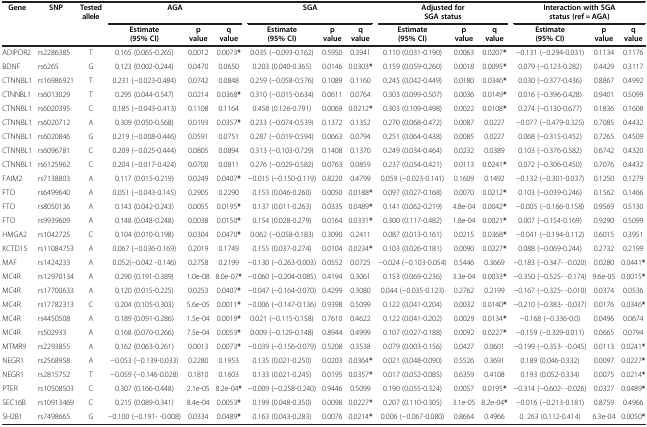
<table><thead><tr><td><b>Gene</b></td><td><b>SNP</b></td><td><b>Tested allele</b></td><td colspan="3"><b>AGA</b></td><td colspan="3"><b>SGA</b></td><td colspan="3"><b>Adjusted for SGA status</b></td><td colspan="3"><b>Interaction with SGA status (ref = AGA)</b></td></tr><tr><td><b> </b></td><td><b> </b></td><td><b> </b></td><td><b>Estimate (95% CI)</b></td><td><b>p value</b></td><td><b>q value</b></td><td><b>Estimate (95% CI)</b></td><td><b>p value</b></td><td><b>q value</b></td><td><b>Estimate (95% CI)</b></td><td><b>p value</b></td><td><b>q value</b></td><td><b>Estimate (95% CI)</b></td><td><b>p value</b></td><td><b>q value</b></td></tr></thead><tbody><tr><td>ADIPOR2</td><td>rs2286385</td><td>T</td><td>0.165 (0.065-0.265)</td><td>0.0012</td><td>0.0073<b>*</b></td><td>0.035 (−0.093-0.162)</td><td>0.5950</td><td>0.3941</td><td>0.110 (0.031-0.190)</td><td>0.0063</td><td>0.0207<b>*</b></td><td>−0.131 (−0.294-0.031)</td><td>0.1134</td><td>0.1176</td></tr><tr><td>BDNF</td><td>rs6265</td><td>G</td><td>0.123 (0.002-0.244)</td><td>0.0470</td><td>0.0650</td><td>0.203 (0.040-0.365)</td><td>0.0146</td><td>0.0303<b>*</b></td><td>0.159 (0.059-0.260)</td><td>0.0018</td><td>0.0095<b>*</b></td><td>0.079 (−0.123-0.282)</td><td>0.4429</td><td>0.3117</td></tr><tr><td>CTNNBL1</td><td>rs16986921</td><td>T</td><td>0.231 (−0.023-0.484)</td><td>0.0742</td><td>0.0848</td><td>0.259 (−0.058-0.576)</td><td>0.1089</td><td>0.1160</td><td>0.245 (0.042-0.449)</td><td>0.0180</td><td>0.0346<b>*</b></td><td>0.030 (−0.377-0.436)</td><td>0.8867</td><td>0.4992</td></tr><tr><td>CTNNBL1</td><td>rs6013029</td><td>T</td><td>0.295 (0.044-0.547)</td><td>0.0214</td><td>0.0368<b>*</b></td><td>0.310 (−0.015-0.634)</td><td>0.0611</td><td>0.0764</td><td>0.303 (0.099-0.507)</td><td>0.0036</td><td>0.0149<b>*</b></td><td>0.016 (−0.396-0.428)</td><td>0.9401</td><td>0.5099</td></tr><tr><td>CTNNBL1</td><td>rs6020395</td><td>C</td><td>0.185 (−0.043-0.413)</td><td>0.1108</td><td>0.1164</td><td>0.458 (0.126-0.791)</td><td>0.0069</td><td>0.0212<b>*</b></td><td>0.303 (0.109-0.498)</td><td>0.0022</td><td>0.0108<b>*</b></td><td>0.274 (−0.130-0.677)</td><td>0.1836</td><td>0.1608</td></tr><tr><td>CTNNBL1</td><td>rs6020712</td><td>A</td><td>0.309 (0.050-0.568)</td><td>0.0193</td><td>0.0357<b>*</b></td><td>0.233 (−0.074-0.539)</td><td>0.1372</td><td>0.1352</td><td>0.270 (0.068-0.472)</td><td>0.0087</td><td>0.0227</td><td>−0.077 (−0.479-0.325)</td><td>0.7085</td><td>0.4432</td></tr><tr><td>CTNNBL1</td><td>rs6020846</td><td>G</td><td>0.219 (−0.008-0.446)</td><td>0.0591</td><td>0.0751</td><td>0.287 (−0.019-0.594)</td><td>0.0663</td><td>0.0794</td><td>0.251 (0.064-0.438)</td><td>0.0085</td><td>0.0227</td><td>0.068 (−0.315-0.452)</td><td>0.7265</td><td>0.4509</td></tr><tr><td>CTNNBL1</td><td>rs6096781</td><td>C</td><td>0.209 (−0.025-0.444)</td><td>0.0805</td><td>0.0894</td><td>0.313 (−0.103-0.729)</td><td>0.1408</td><td>0.1370</td><td>0.249 (0.034-0.464)</td><td>0.0232</td><td>0.0389</td><td>0.103 (−0.376-0.582)</td><td>0.6742</td><td>0.4320</td></tr><tr><td>CTNNBL1</td><td>rs6125962</td><td>C</td><td>0.204 (−0.017-0.424)</td><td>0.0700</td><td>0.0811</td><td>0.276 (−0.029-0.582)</td><td>0.0763</td><td>0.0859</td><td>0.237 (0.054-0.421)</td><td>0.0113</td><td>0.0241<b>*</b></td><td>0.072 (−0.306-0.450)</td><td>0.7076</td><td>0.4432</td></tr><tr><td>FAIM2</td><td>rs7138803</td><td>A</td><td>0.117 (0.015-0.219)</td><td>0.0249</td><td>0.0407<b>*</b></td><td>−0.015 (−0.150-0.119)</td><td>0.8220</td><td>0.4799</td><td>0.059 (−0.023-0.141)</td><td>0.1609</td><td>0.1492</td><td>−0.132 (−0.301-0.037)</td><td>0.1250</td><td>0.1279</td></tr><tr><td>FTO</td><td>rs6499640</td><td>A</td><td>0.051 (−0.043-0.145)</td><td>0.2905</td><td>0.2290</td><td>0.153 (0.046-0.260)</td><td>0.0050</td><td>0.0188<b>*</b></td><td>0.097 (0.027-0.168)</td><td>0.0070</td><td>0.0212<b>*</b></td><td>0.103 (−0.039-0.246)</td><td>0.1562</td><td>0.1466</td></tr><tr><td>FTO</td><td>rs8050136</td><td>A</td><td>0.143 (0.042-0.243)</td><td>0.0055</td><td>0.0195<b>*</b></td><td>0.137 (0.011-0.263)</td><td>0.0335</td><td>0.0489<b>*</b></td><td>0.141 (0.062-0.219)</td><td>4.8e-04</td><td>0.0042<b>*</b></td><td>−0.005 (−0.166-0.158)</td><td>0.9569</td><td>0.5130</td></tr><tr><td>FTO</td><td>rs9939609</td><td>A</td><td>0.148 (0.048-0.248)</td><td>0.0038</td><td>0.0150<b>*</b></td><td>0.154 (0.028-0.279)</td><td>0.0164</td><td>0.0331<b>*</b></td><td>0.300 (0.117-0.482)</td><td>1.8e-04</td><td>0.0021<b>*</b></td><td>0.007 (−0.154-0.169)</td><td>0.9290</td><td>0.5099</td></tr><tr><td>HMGA2</td><td>rs1042725</td><td>C</td><td>0.104 (0.010-0.198)</td><td>0.0304</td><td>0.0470<b>*</b></td><td>0.062 (−0.058-0.183)</td><td>0.3090</td><td>0.2411</td><td>0.087 (0.013-0.161)</td><td>0.0215</td><td>0.0368<b>*</b></td><td>−0.041 (−0.194-0.112)</td><td>0.6015</td><td>0.3951</td></tr><tr><td>KCTD15</td><td>rs11084753</td><td>A</td><td>0.067 (−0.036-0.169)</td><td>0.2019</td><td>0.1749</td><td>0.155 (0.037-0.274)</td><td>0.0104</td><td>0.0234<b>*</b></td><td>0.103 (0.026-0.181)</td><td>0.0090</td><td>0.0227<b>*</b></td><td>0.088 (−0.069-0.244)</td><td>0.2732</td><td>0.2199</td></tr><tr><td>MAF</td><td>rs1424233</td><td>A</td><td>0.052(−0.042 -0.146)</td><td>0.2758</td><td>0.2199</td><td>−0.130 (−0.263-0.003)</td><td>0.0552</td><td>0.0725</td><td>−0.024 (−0.103-0.054)</td><td>0.5446</td><td>0.3669</td><td>−0.183 (−0.347- -0.020)</td><td>0.0280</td><td>0.0441<b>*</b></td></tr><tr><td>MC4R</td><td>rs12970134</td><td>A</td><td>0.290 (0.191-0.389)</td><td>1.0e-08</td><td>8.0e-07<b>*</b></td><td>−0.060 (−0.204-0.085)</td><td>0.4194</td><td>0.3061</td><td>0.153 (0.069-0.236)</td><td>3.3e-04</td><td>0.0033<b>*</b></td><td>−0.350 (−0.525- -0.174)</td><td>9.6e-05</td><td>0.0015<b>*</b></td></tr><tr><td>MC4R</td><td>rs17700633</td><td>A</td><td>0.120 (0.015-0.225)</td><td>0.0253</td><td>0.0407<b>*</b></td><td>−0.047 (−0.164-0.070)</td><td>0.4299</td><td>0.3080</td><td>0.044 (−0.035-0.123)</td><td>0.2762</td><td>0.2199</td><td>−0.167 (−0.325- -0.010)</td><td>0.0374</td><td>0.0536</td></tr><tr><td>MC4R</td><td>rs17782313</td><td>C</td><td>0.204 (0.105-0.303)</td><td>5.6e-05</td><td>0.0011<b>*</b></td><td>−0.006 (−0.147-0.136)</td><td>0.9398</td><td>0.5099</td><td>0.122 (0.041-0.204)</td><td>0.0032</td><td>0.0140<b>*</b></td><td>−0.210 (−0.383- -0.037)</td><td>0.0176</td><td>0.0346<b>*</b></td></tr><tr><td>MC4R</td><td>rs4450508</td><td>A</td><td>0.189 (0.091-0.286)</td><td>1.5e-04</td><td>0.0019<b>*</b></td><td>0.021 (−0.115-0.158)</td><td>0.7610</td><td>0.4622</td><td>0.122 (0.041-0.202)</td><td>0.0029</td><td>0.0134<b>*</b></td><td>−0.168 (−0.336-0.0)</td><td>0.0496</td><td>0.0674</td></tr><tr><td>MC4R</td><td>rs502933</td><td>A</td><td>0.168 (0.070-0.266)</td><td>7.5e-04</td><td>0.0053<b>*</b></td><td>0.009 (−0.129-0.148)</td><td>0.8944</td><td>0.4999</td><td>0.107 (0.027-0.188)</td><td>0.0092</td><td>0.0227<b>*</b></td><td>−0.159 (−0.329-0.011)</td><td>0.0665</td><td>0.0794</td></tr><tr><td>MTMR9</td><td>rs2293855</td><td>A</td><td>0.162 (0.063-0.261)</td><td>0.0013</td><td>0.0073<b>*</b></td><td>−0.039 (−0.156-0.079)</td><td>0.5208</td><td>0.3538</td><td>0.079 (0.003-0.156)</td><td>0.0427</td><td>0.0601</td><td>−0.199 (−0.353- -0.045)</td><td>0.0113</td><td>0.0241<b>*</b></td></tr><tr><td>NEGR1</td><td>rs2568958</td><td>A</td><td>−0.053 (−0.139-0.033)</td><td>0.2280</td><td>0.1953</td><td>0.135 (0.021-0.250)</td><td>0.0203</td><td>0.0364<b>*</b></td><td>0.021 (0.048-0.090)</td><td>0.5526</td><td>0.3691</td><td>0.189 (0.046-0.332)</td><td>0.0097</td><td>0.0227<b>*</b></td></tr><tr><td>NEGR1</td><td>rs2815752</td><td>T</td><td>−0.059 (−0.146-0.028)</td><td>0.1810</td><td>0.1603</td><td>0.133 (0.021-0.245)</td><td>0.0195</td><td>0.0357<b>*</b></td><td>0.017 (0.052-0.085)</td><td>0.6359</td><td>0.4108</td><td>0.193 (0.052-0.334)</td><td>0.0075</td><td>0.0214<b>*</b></td></tr><tr><td>PTER</td><td>rs10508503</td><td>C</td><td>0.307 (0.166-0.448)</td><td>2.1e-05</td><td>8.2e-04<b>*</b></td><td>−0.009 (−0.258-0.240)</td><td>0.9446</td><td>0.5099</td><td>0.190 (0.055-0.324)</td><td>0.0057</td><td>0.0195<b>*</b></td><td>−0.314 (−0.602- -0.026)</td><td>0.0327</td><td>0.0489<b>*</b></td></tr><tr><td>SEC16B</td><td>rs10913469</td><td>C</td><td>0.215 (0.089-0.341)</td><td>8.4e-04</td><td>0.0053<b>*</b></td><td>0.199 (0.048-0.350)</td><td>0.0098</td><td>0.0227<b>*</b></td><td>0.207 (0.110-0.305)</td><td>3.1e-05</td><td>8.2e-04<b>*</b></td><td>−0.016 (−0.213-0.181)</td><td>0.8759</td><td>0.4966</td></tr><tr><td>SH2B1</td><td>rs7498665</td><td>G</td><td>−0.100 (−0.191- -0.008)</td><td>0.0334</td><td>0.0489<b>*</b></td><td>0.163 (0.043-0.283)</td><td>0.0076</td><td>0.0214<b>*</b></td><td>0.006 (−0.067-0.080)</td><td>0.8664</td><td>0.4966</td><td>0. 263 (0.112-0.414)</td><td>6.3e-04</td><td>0.0050<b>*</b></td></tr></tbody></table>